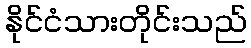
နိုင်ငံသားတိုင်းသည်